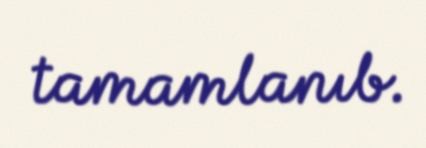
tamamlanıb.